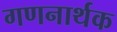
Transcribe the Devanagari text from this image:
गणनार्थक